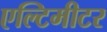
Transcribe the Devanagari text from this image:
एल्टिमीटर